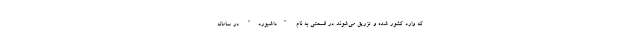
که وارد کشور شده و تزریق می‌شوند در قسمتی به نام "داشبورد" در سامانه